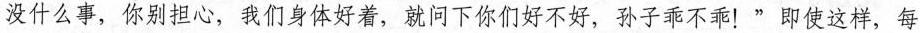
没什么事，你别担心，我们身体好着，就问下你们好不好，孙子乖不乖！”即使这样，每